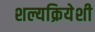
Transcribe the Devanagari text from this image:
शल्यक्रियेशी